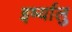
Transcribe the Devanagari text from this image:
इर्ष्यालु